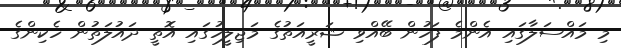
މި މައްސަލާގައި އެންމެ ފަހުން ބޭއްވި ޝަރީއަތުގެ މަޖިލީހުގައި އޮތީ ދައުލަތުން ހެކިންގެ